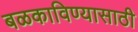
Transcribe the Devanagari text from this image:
बळकाविण्यासाठी